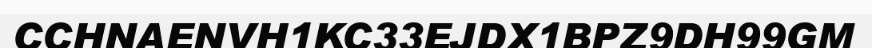
CCHNAENVH1KC33EJDX1BPZ9DH99GM